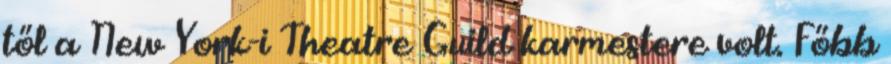
től a New York-i Theatre Guild karmestere volt. Főbb